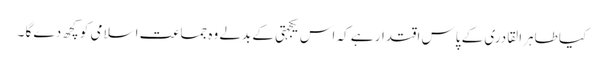
کیا طاہرا لقادری کے پاس اقتدار ہے کہ اس یکجہتی کے بدلے وہ جماعت اسلامی کو کچھ دے گا ۔